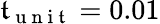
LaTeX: \mathfrak{t}_{\mathrm{{~u~n~i~\mathfrak{t}~}}}=0.01